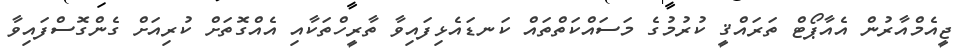
ޖީއެމްއާރުން އެއާޕޯޓް ތަރައްޤީ ކުރުމުގެ މަސައްކަތްތައް ކަނޑައެޅިފައިވާ ތާރީހްތަކާއި އެއްގޮތަށް ކުރިއަށް ގެންގޮސްފައިވާ